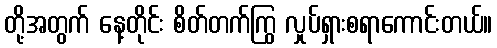
တို့အတွက် နေ့တိုင်း စိတ်တက်ကြွ လှုပ်ရှားစရာကောင်းတယ်။